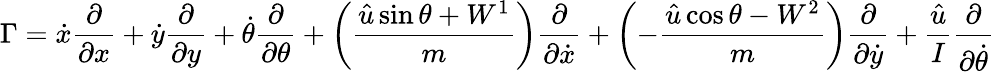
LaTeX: \Gamma=\dot{x}\frac{\partial}{\partial x}+\dot{y}\frac{\partial}{\partial y}+\dot{\theta}\frac{\partial}{\partial\theta}+\left(\frac{\hat{u}\sin\theta+W^{1}}{m}\right)\frac{\partial}{\partial\dot{x}}+\left(-\frac{\hat{u}\cos\theta-W^{2}}{m}\right)\frac{\partial}{\partial\dot{y}}+\frac{\hat{u}}{I}\frac{\partial}{\partial\dot{\theta}}